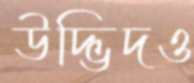
উদ্ভিদও